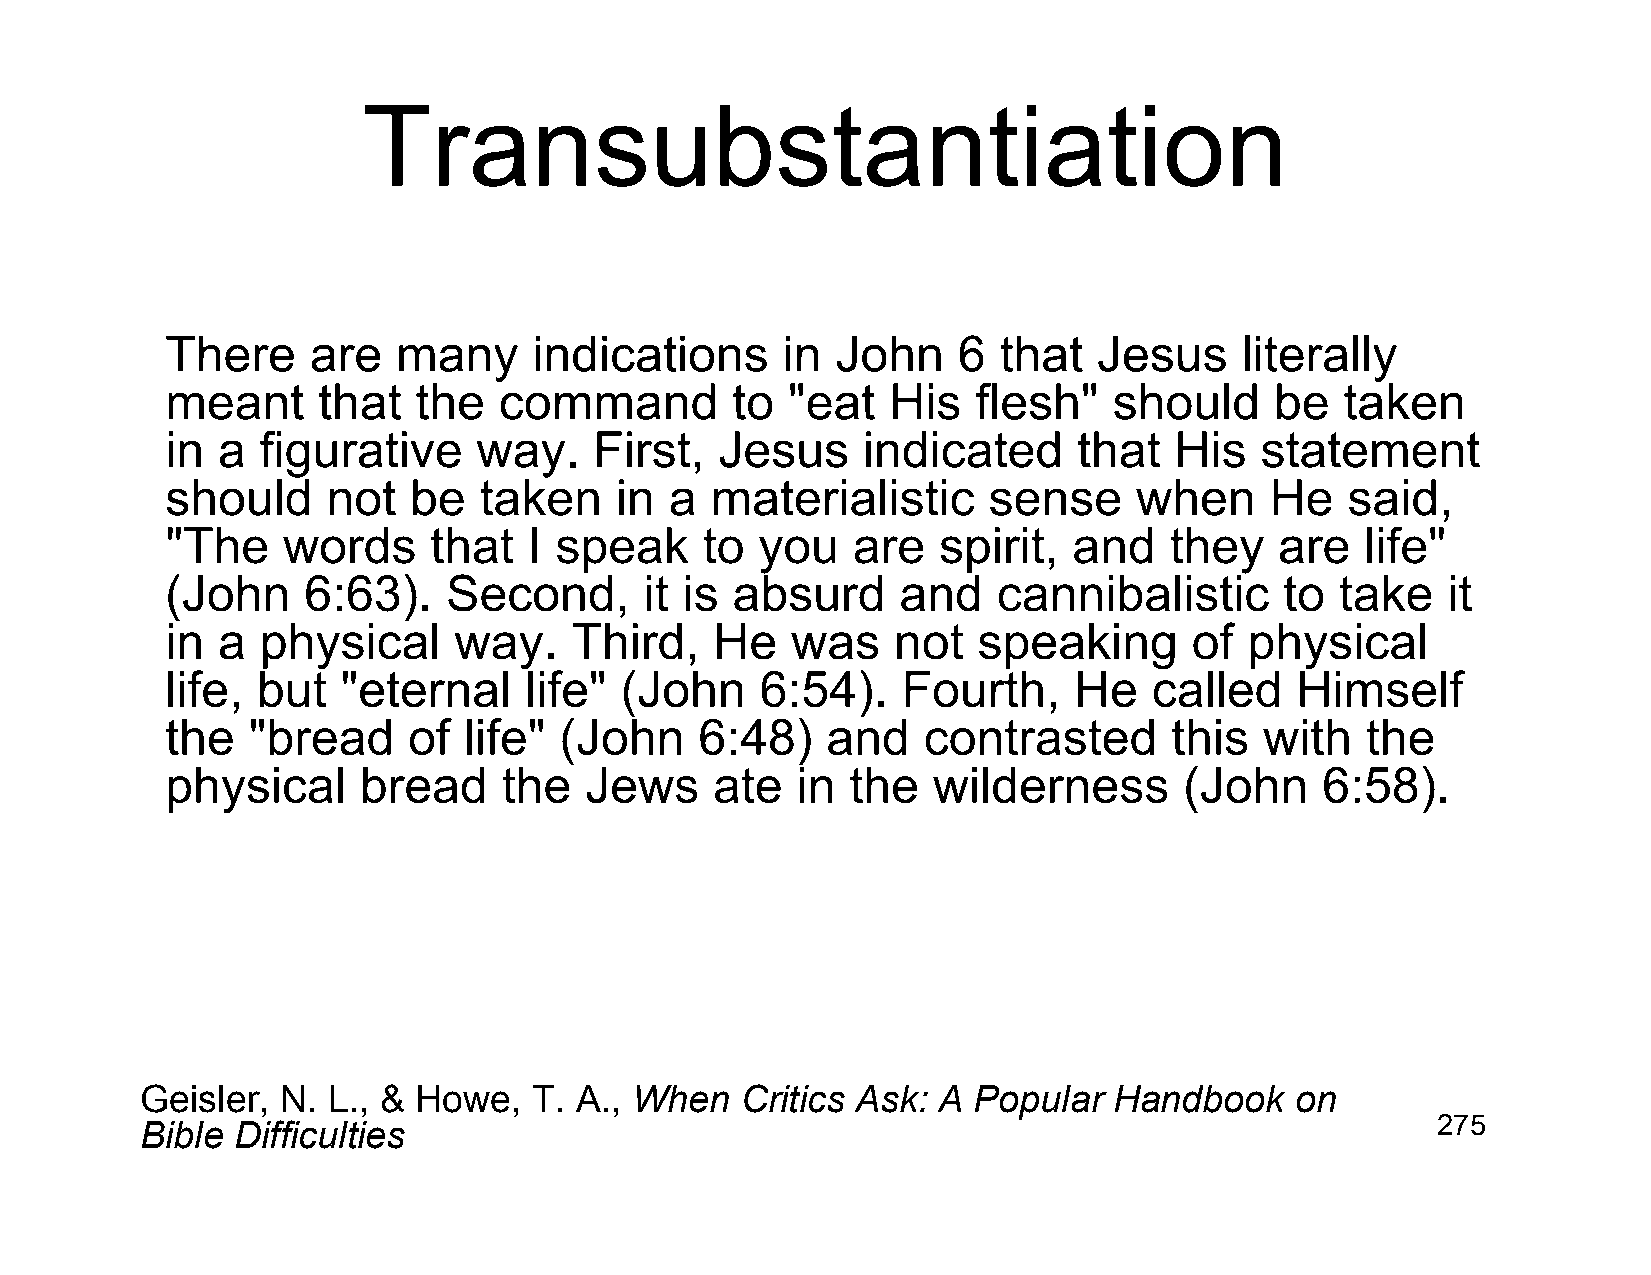
Transubstantiation
 There     are  many     indications      in John    6  that   Jesus    literally
 meant     that  the   command        to  "eat   His   flesh"   should    be   taken
 in a  figurative     way.   First,   Jesus    indicated     that   His  statement
 should     not  be   taken    in a  materialistic     sense     when     He   said,
 "The    words    that   I speak     to you   are   spirit,  and   they    are  life"
 (John    6:63).    Second,      it is absurd     and   cannibalistic      to  take   it
 in a  physical     way.    Third,   He   was    not   speaking      of  physical
 life, but   "eternal    life" (John    6:54).    Fourth,    He   called    Himself
 the  "bread     of  life" (John    6:48)    and   contrasted       this  with  the
 physical     bread    the   Jews    ate   in the   wilderness      (John    6:58).
 Geisler,  N. L., & Howe,  T. A., When   Critics Ask: A Popular   Handbook    on
 Bible Difficulties                                                                    275